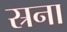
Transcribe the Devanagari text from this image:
स्रना